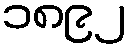
၁၈၉၂